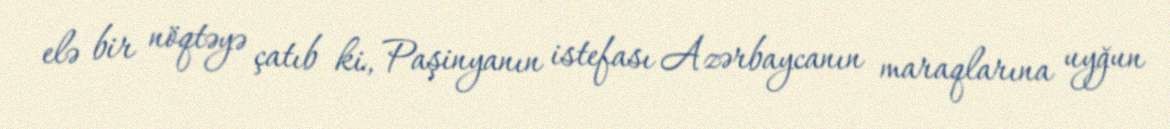
elə bir nöqtəyə çatıb ki, Paşinyanın istefası Azərbaycanın maraqlarına uyğun